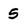
Character: 5